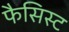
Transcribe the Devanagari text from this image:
फैसिस्ट